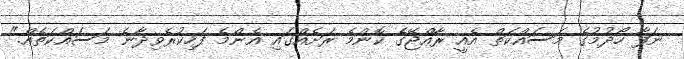
ނަފާ ހޯދުމުގެ މަސައްކަތް އެއީ ރާއްޖޭގެ ކޮންމެ ރަށެއްގައި އެންމެ ފަހިކުރެވިދާނެ މަސައްކަތެއް."